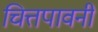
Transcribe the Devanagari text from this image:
चित्तपावनी